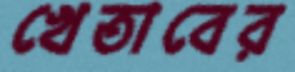
খেতাবের